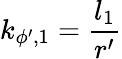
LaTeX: k_{\phi^{\prime},1}=\frac{l_{1}}{r^{\prime}}